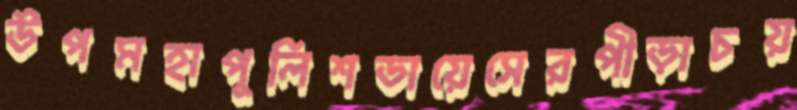
উপমহাপুলিশডায়েসেরপীড়াচয়